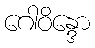
ဂေါဝိန္ဒော